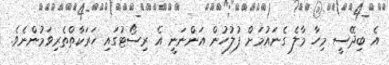
އެ ބިދޭސީ މިހާ މާލެ ގެނައުމަށް ފުލުހުން އަންނަނީ އެ ރިސޯޓުގައި ހަރަކާތްތެރިވަމުންނެވެ.